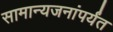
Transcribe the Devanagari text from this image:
सामान्यजनांपर्यंत